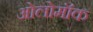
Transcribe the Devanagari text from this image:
ओलोमॉक